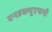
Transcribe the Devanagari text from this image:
एनडब्ल्यूएफपी